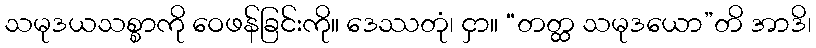
သမုဒယသစ္စာကို ဝေဖန်ခြင်းကို။ ဒေဿတုံ၊ ငှာ။ “တတ္ထ သမုဒယော”တိ အာဒိ၊